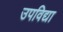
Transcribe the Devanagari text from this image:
उपविद्या